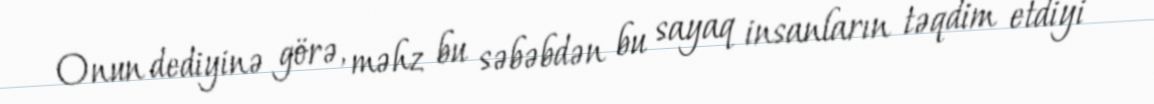
Onun dediyinə görə, məhz bu səbəbdən bu sayaq insanların təqdim etdiyi